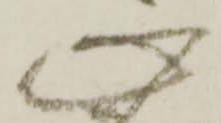
心